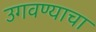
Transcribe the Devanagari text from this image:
उगवण्याचा